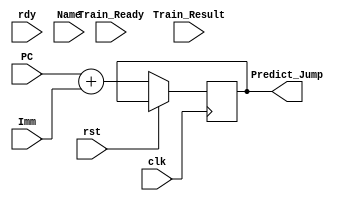
module Predictor (
    input wire clk,  // system clock signal
    input wire rst,  // reset signal
    input wire rdy,  // ready signal, pause cpu when low

    //From Fetcher
    input  wire [31:0] PC,
    input  wire [31:0] Imm,
    output reg  [31:0] Predict_Jump,

    //From RS (Train)
    input wire Train_Ready,
    input wire Train_Result,
    input wire [31:0] Name
);
    always @(posedge clk) begin
        if (rst) begin

        end else begin
            if (1) begin  //Unconditinally Predict True, for now
                Predict_Jump <= PC + Imm;
            end else begin
                Predict_Jump <= PC;
            end
        end
    end
    always @(posedge clk) begin
        if (rst) begin

        end else if (Train_Ready) begin
            //Todo Train
        end
    end
endmodule